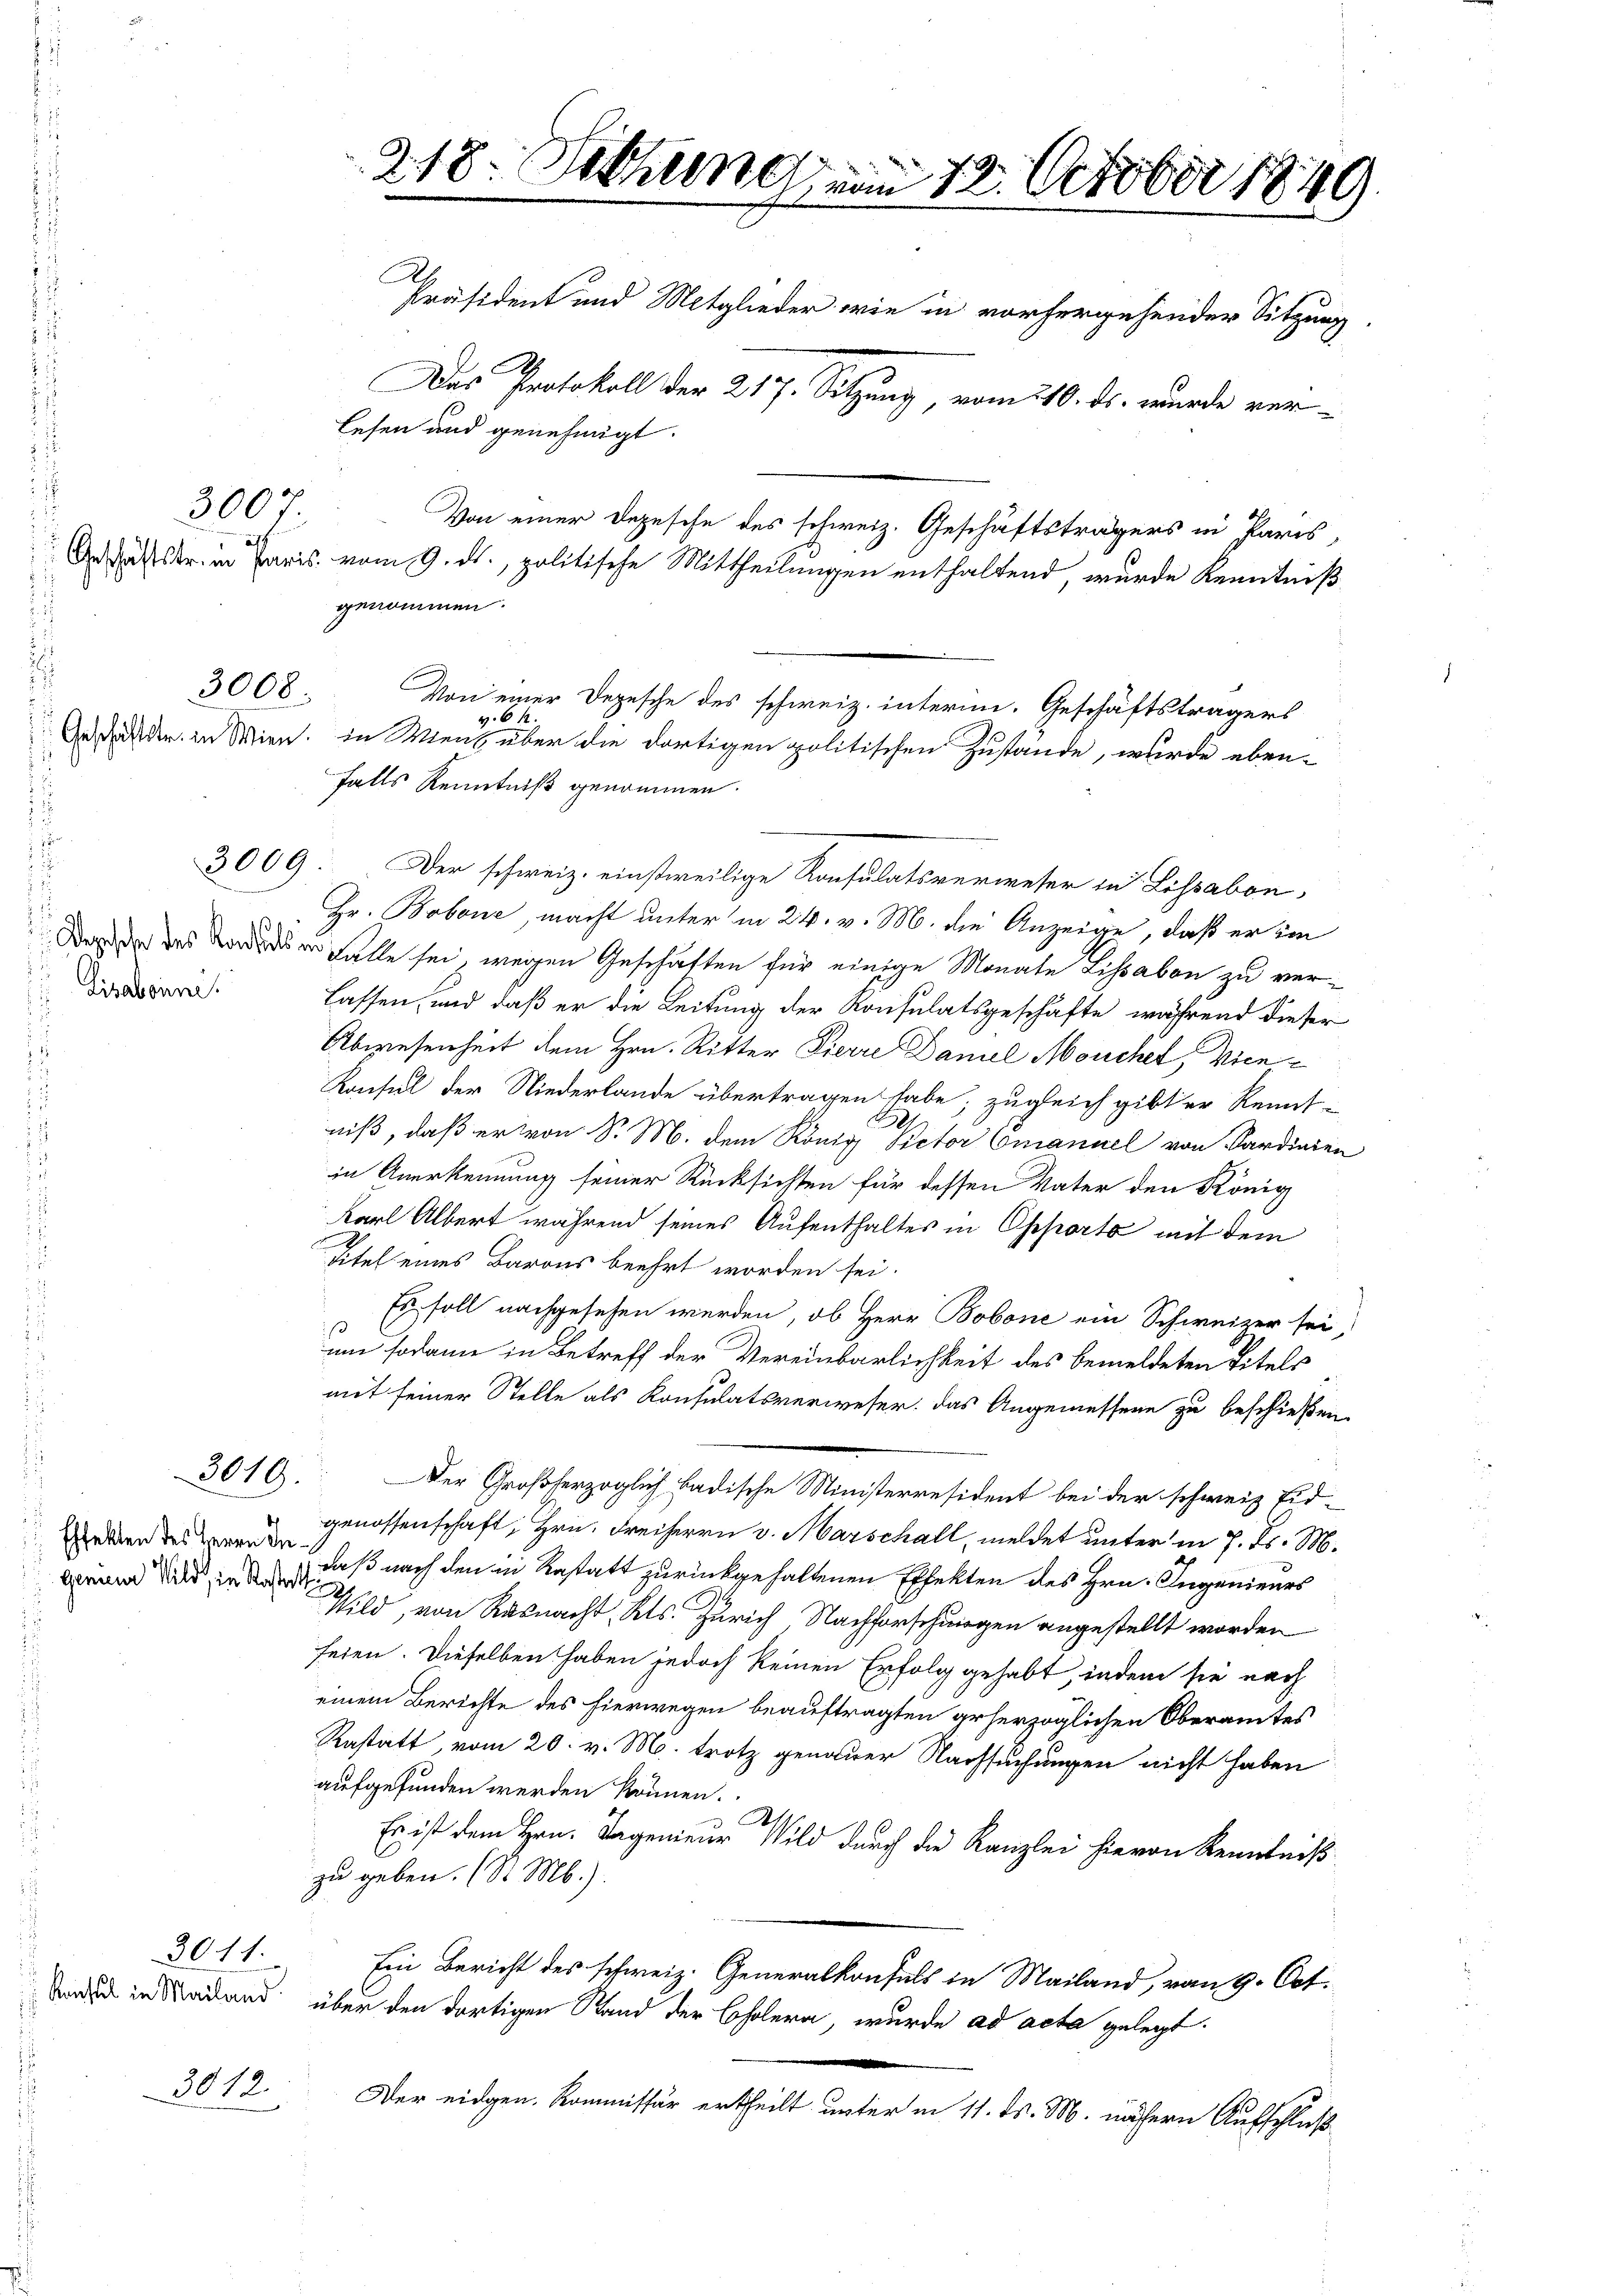
i
af

.

 Lisabonne
u

3010.

Effekten des Herrn Ingenauer Wild, in Rostatt

3011.

3000

3008.

3009

3012.

218. Setzung von 12. October 1849.
A
Präsident und Mitglieder wie in vorhergehender Sitzung.
Das Protokoll der 217. Sitzung, vom 210. ds. wurde verlesen und genehmigt.
Von einer Depesche des schweiz. Geschäftsträgers in Paris,

falls Kenntniß genommen.
Der schweiz. einstweilige Konsulatsverweser in Lissabon,
Hr. Bobone, macht unter in 24. v. M. die Anzeige, daß er im
Daß da das werde der Falle sei, wegen Geschäften für einige Monate Lissabon zu verlassen, und daß er die Leitung der Konsulatsgeschäfte, während dieser
Abwesenheit dem Hrn. Ritter Pierre Damel Mouchet, Mien
Konsul der Niederlande übertragen habe; zugleich gibt er Rennt-
niß, daß er von S. M. dem König Rector Emanuel von Kardinien
in Anerkennung seiner Rücksichten für dessen Vater den König
Karl Albert während seines Aufenthaltes in Opporto mit dem
Titel eines Barons beehrt worden sei.
Es soll nachgesehen werden, ob Herr Bobone ein Schweizer sei,
um sodann in Betreff der Vereinbarlichkeit des bemeldeten Titels
mit seiner Stelle als Konsulatsverweser. Das Angemessene zu beschießen
Der Großherzoglich badische Ministerresident bei der schweiz. Eid-
genossenschaft, Hrn. Freiherrn v. Marschall, meldet unter in H. Fs. M.
daß nach den in Restatt zurückgehaltenen Effekten des Hrn. Ingenieurs
Wild, von Rasnacht, Kts. Zürich Nachforschungen angestellt worden
feien. Dieselben haben jedoch keinen Erfolg gehabt, indem sie nach
einem Berichte des hierwegen beauftragten geherzoglichen Oberamtes
Rastatt, vom 20. v. M. trotz genauer Nachsuchungen nicht haben
aufgefunden werden können.
21.
Es ist dem Hrn. Tagenieur Wild durch die Kanzlei hievon Kenntniß
zu geben. (St. Mb.).
Ein Bericht des schweiz. Generalkonfels in Mailand, vom 9. Oct.
w in Merand über den dortigen Stand der Cholera, wurde ad acta gelegt.
Der eidgen. Kommissär ertheilt unter in 11. ds. M. nähern Aufschluß

Ansichtskr. in Paris vom 9. ds., politische Mittheilungen enthaltend, wurde Kenntniß
genommen.
Von einer Depesche des schweiz. interim. Geschäftsträgers
v. 61
Daß der in Wien. In Wient über die dortigen politischen Zustände, wurde eben-